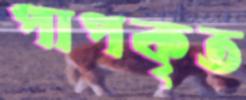
পাপকৃত